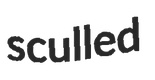
sculled